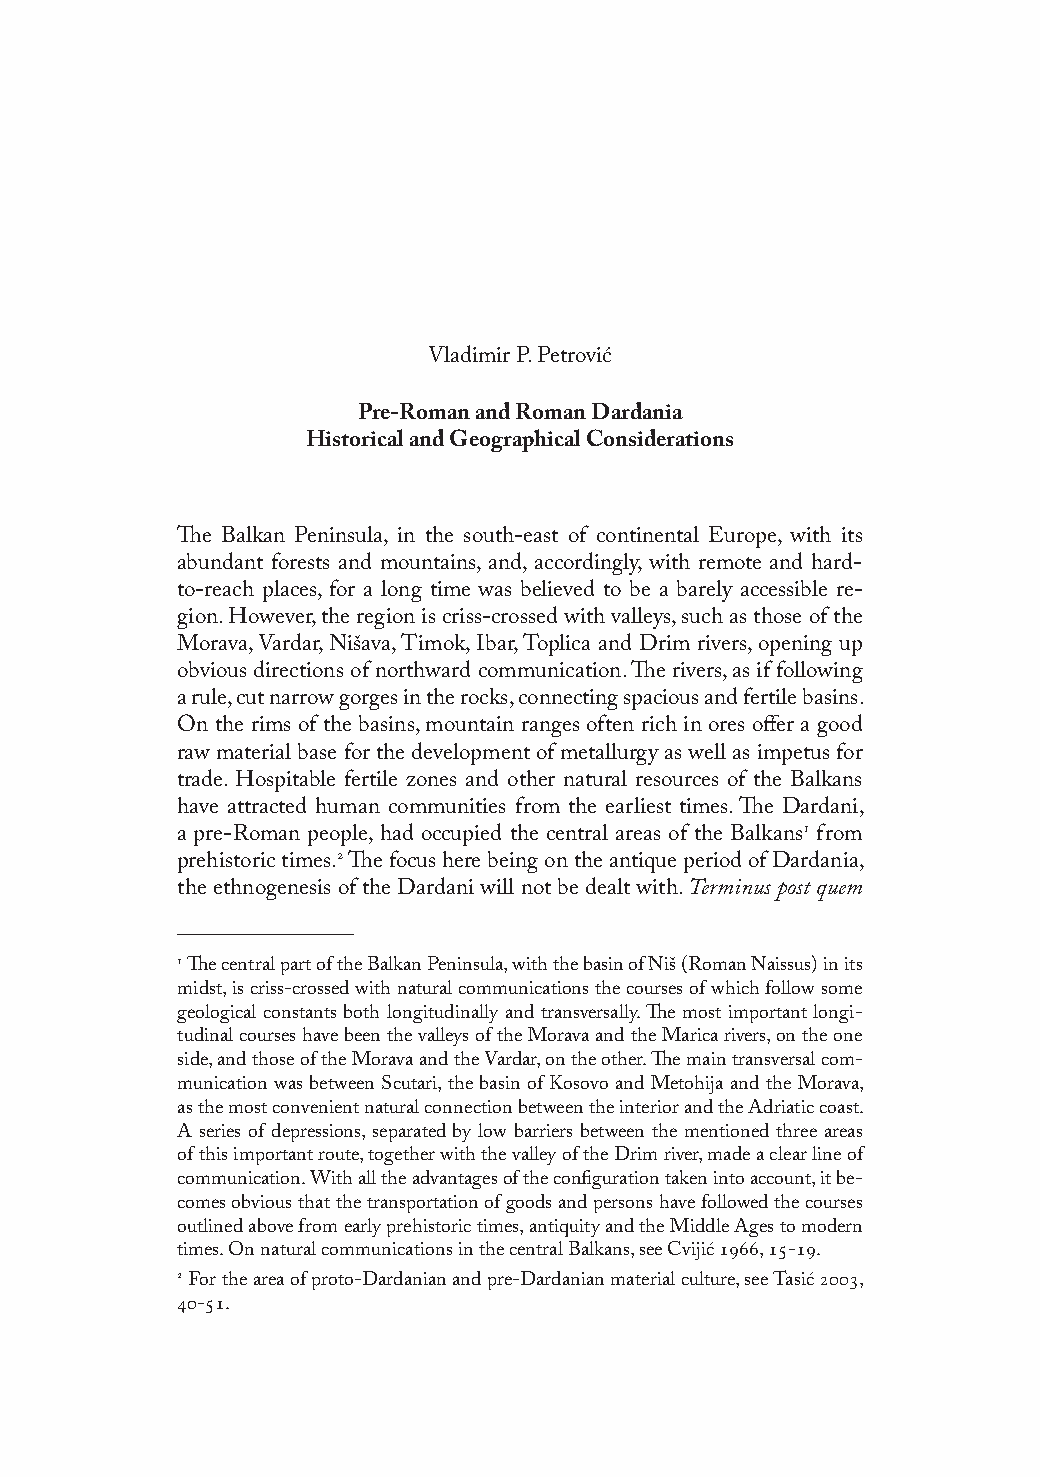
Vladimir P. Petrović
 Pre-Roman and Roman Dardania
 Historical and Geographical Considerations
 The Balkan Peninsula, in the south-east of continental Europe, with its
 abundant forests and mountains, and, accordingly, with remote and hard-
 to-reach places, for a long time was believed to be a barely accessible re-
 gion. However, the region is criss-crossed with valleys, such as those of the
 Morava, Vardar, Nišava, Timok, Ibar, Toplica and Drim rivers, opening up
 obvious directions of northward communication. The rivers, as if following
 a rule, cut narrow gorges in the rocks, connecting spacious and fertile basins.
 On the rims of the basins, mountain ranges often rich in ores offer a good
 raw material base for the development of metallurgy as well as impetus for
 trade. Hospitable fertile zones and other natural resources of the Balkans
 have attracted human communities from the earliest times. The Dardani,
 a pre-Roman people, had occupied the central areas of the Balkans from
 prehistoric times. The focus here being on the antique period of Dardania,
 the ethnogenesis of the Dardani will not be dealt with. Terminus post quem
  The central part of the Balkan Peninsula, with the basin of Niš (Roman Naissus) in its
 midst, is criss-crossed with natural communications the courses of which follow some
 geological constants both longitudinally and transversally. The most important longi-
 tudinal courses have been the valleys of the Morava and the Marica rivers, on the one
 side, and those of the Morava and the Vardar, on the other. The main transversal com-
 munication was between Scutari, the basin of Kosovo and Metohija and the Morava,
 as the most convenient natural connection between the interior and the Adriatic coast.
 A series of depressions, separated by low barriers between the mentioned three areas
 of this important route, together with the valley of the Drim river, made a clear line of
 communication. With all the advantages of the configuration taken into account, it be-
 comes obvious that the transportation of goods and persons have followed the courses
 outlined above from early prehistoric times, antiquity and the Middle Ages to modern
 times. On natural communications in the central Balkans, see Cvijić , -.
  For the area of proto-Dardanian and pre-Dardanian material culture, see Tasić ,
 -.